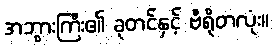
အဘွားကြီး၏ ခုတင်နှင့် ဗီရိုတလုံး။